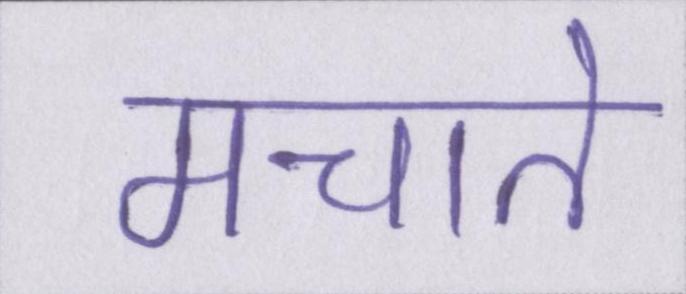
मचाते